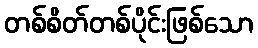
တစ်စိတ်တစ်ပိုင်းဖြစ်သော